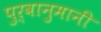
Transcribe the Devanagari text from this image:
पुर्वानुमानी